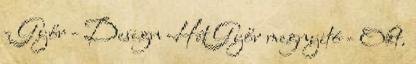
- Győr - Design Hét Győr megnyitó - Okt.